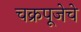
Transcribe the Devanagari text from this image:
चक्रपूजेचे